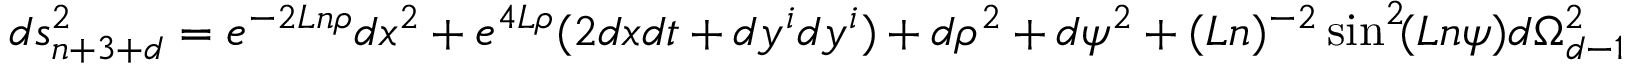
d s _ { n + 3 + d } ^ { 2 } = e ^ { - 2 L n \rho } d x ^ { 2 } + e ^ { 4 L \rho } ( 2 d x d t + d y ^ { i } d y ^ { i } ) + d \rho ^ { 2 } + d \psi ^ { 2 } + ( L n ) ^ { - 2 } \sin ^ { 2 } \! ( L n \psi ) d \Omega _ { d - 1 } ^ { 2 }